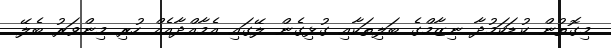
މިގޮތުން ކުޑަކަމުދާ ނިޒާމްގެ ބަލިތަކާއި ގުޅިގެން ލޭގައި އެމާއްދާއެއް ހުރި މިންވަރު ބެލޭ